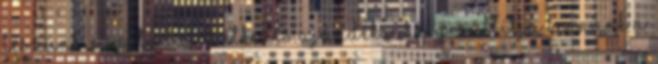
leszünk. Ez a tudatos étkezés ajándéka: helyreállítja bennünk a